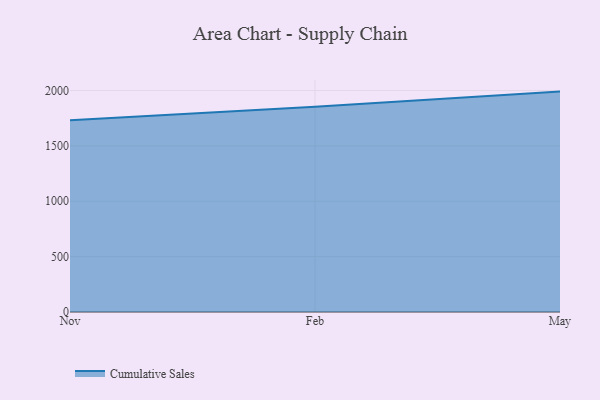
{"axis": {"x": "Month", "y": "Production Output"}, "legend": ["Cumulative Sales"], "data": [{"x": "Nov", "y": 1732.1, "type": "Cumulative Sales"}, {"x": "Feb", "y": 1853.5, "type": "Cumulative Sales"}, {"x": "May", "y": 1990.7, "type": "Cumulative Sales"}]}